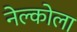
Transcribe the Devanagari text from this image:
नेल्कोला